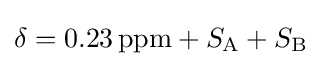
\delta =0.23\,\mathrm {ppm} +S_{\mathrm {A} }+S_{\mathrm {B} }